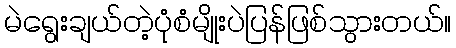
မဲရွေးချယ်တဲ့ပုံစံမျိုးပဲပြန်ဖြစ်သွားတယ်။